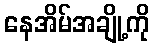
နေအိမ်အချို့ကို